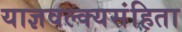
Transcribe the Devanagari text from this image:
याज्ञवल्क्यसंहिता